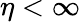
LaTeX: \eta<\infty